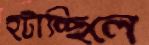
হটাচ্ছিলে